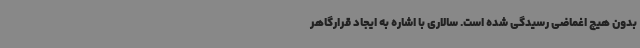
بدون هیچ اغماضی رسیدگی شده است. سالاری با اشاره به ایجاد قرارگاهر